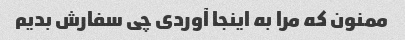
ممنون که مرا به اینجا آوردی چی سفارش بدیم